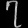
Digit: ၇